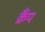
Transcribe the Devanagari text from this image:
क्रैंप